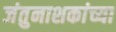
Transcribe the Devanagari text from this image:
जंतुनाशकांच्या